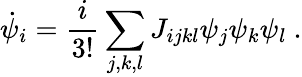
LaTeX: \dot{\psi}_{i}=\frac{i}{3!}\sum_{j,k,l}J_{ijkl}\psi_{j}\psi_{k}\psi_{l}~.